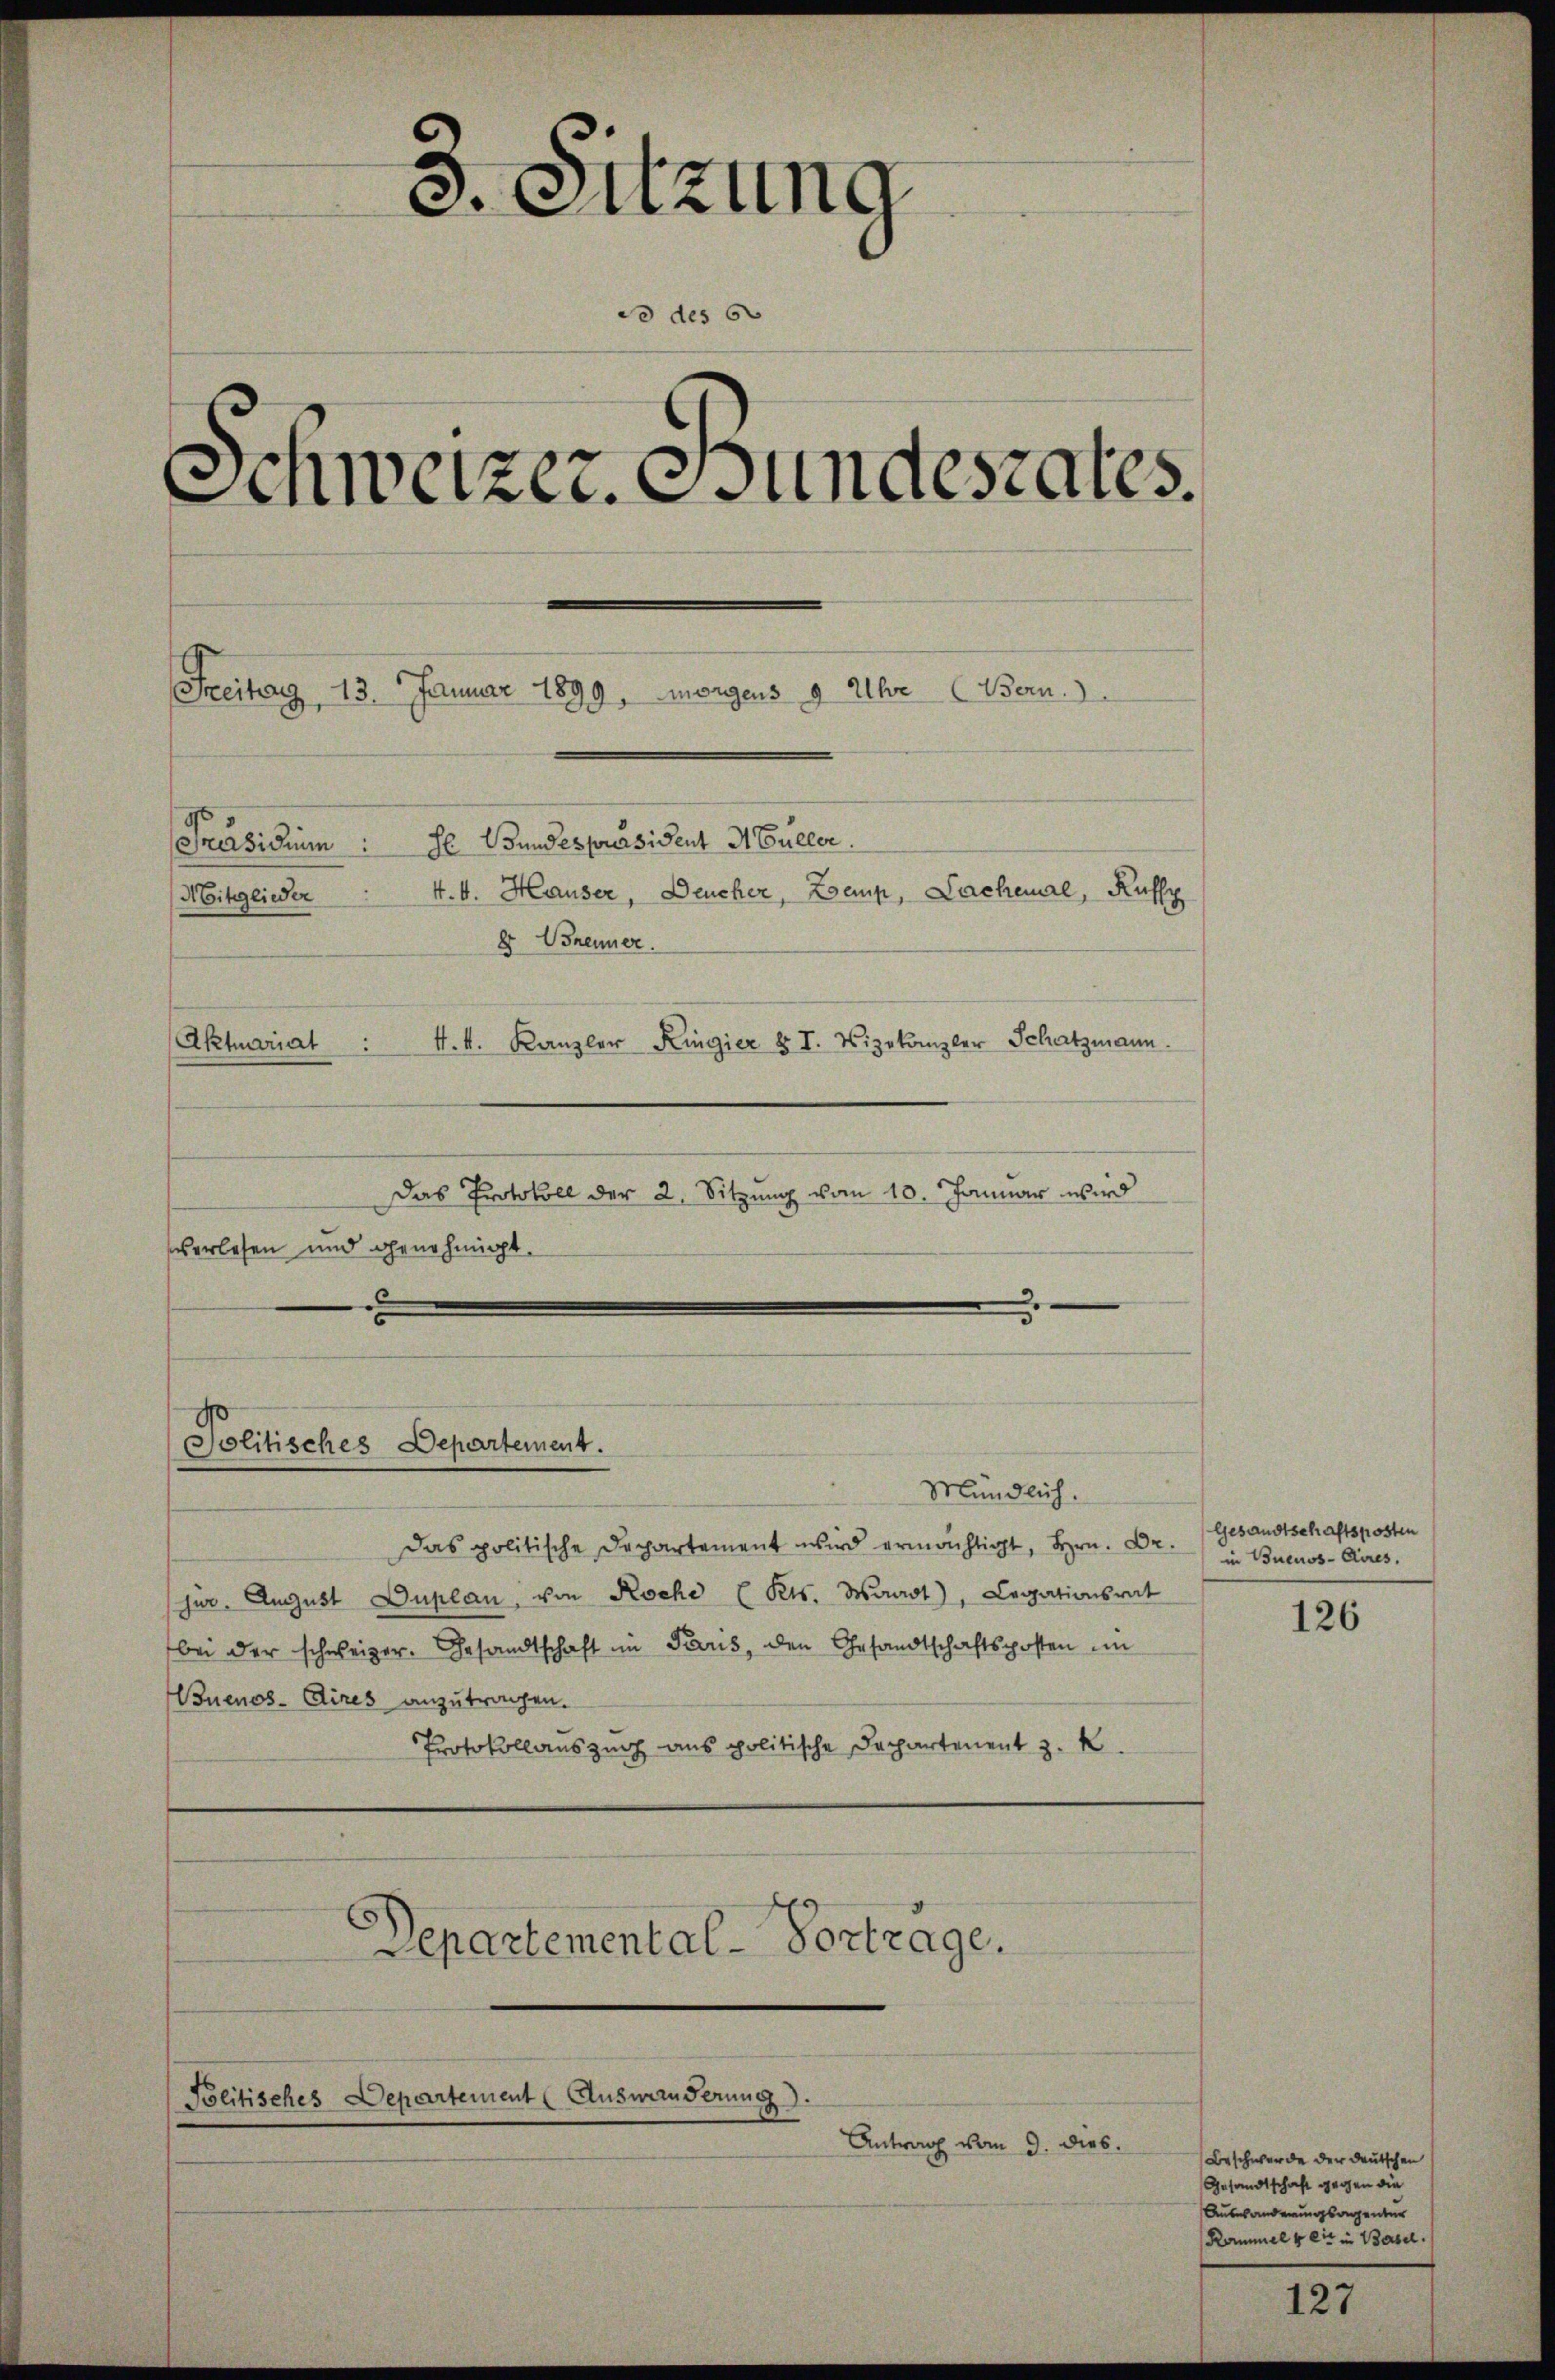
3. Sitzung
do des 60
.
Schweizer. Bundesrates.
Freitag 13. Januar 1899, morgens 9 Uhr (Bern.
Präsidium ze Bundespräsident H. Güller.
4.4. Hauser, Deucher, Zoemp, Lachemal, Kuffe
Mitglieder
8 Brenner.
Aktuariat : 1. k. Kanzler Kingier § I. Vizekanzler Schatzmann.

Das Protokoll der 2. Sitzung vom 10. Januar wird
verlesen und genehmigt.
x

Mündlich.
Das politische Dechartement wird ermächtigt, Hrn. Dr.
jur. August Duplan, von Roche (Kts. Waadt, Legationsrat
bei der schweizer. Gesandtschaft im Paris, den Gesandtschaftsposten im
Buenos-Aires anzutragen.
Protokollauszug aus politische Dechartement z. K.
Departemental-Vorträge.

Politisches Departement.

Politisches Departement (Auswanderung
Antrag vom 9. dies

Gesandtschaftsposten
in Buenos-Ayres,

126

Beschwerde der deutschen
Gesandtschaft gegen die
Auswanderungsagentur
Kammel u die in Basel.

127